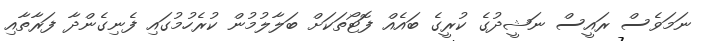
ނަމަވެސް ރައީސް ނަޝީދުގެ ކުރީގެ ބައެއް ފޮޓޯތަކަށް ބަލާލުމުން ކުރެހުމުގައި ފެނިގެންދާ ފަރާތާއި